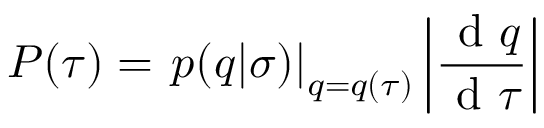
P ( \tau ) = \left. p ( q | \sigma ) \right| _ { q = q ( \tau ) } \left| \frac { \mathrm { ~ d ~ } q } { \mathrm { ~ d ~ } \tau } \right|